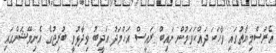
އެރަސްމިޔާތުގައި ވާހަކަ ދައްކަވަމުން ނައިބް ރައީސް އަހްމަދު އަދީބު ވިދާޅުވީ ބުރިޖުގެ އެނިމޭޝަންގައި